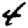
Digit: 4